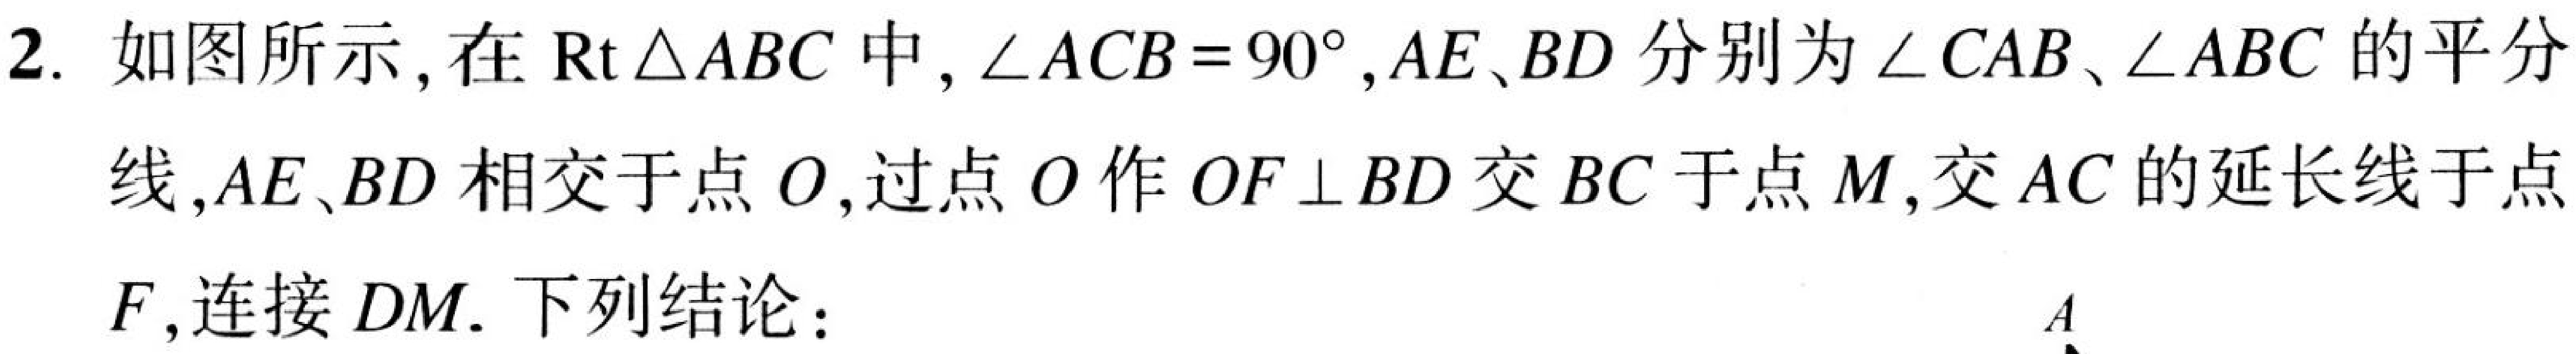
2. 如图所示，在\(\mathrm{Rt}\triangle ABC\)中，\(\angle ACB = 90^{\circ}\)，\(AE\)、\(BD\)分别为\(\angle CAB\)、\(\angle ABC\)的平分线，\(AE\)、\(BD\)相交于点\(O\)，过点\(O\)作\(OF\perp BD\)交\(BC\)于点\(M\)，交\(AC\)的延长线于点\(F\)，连接\(DM\). 下列结论：